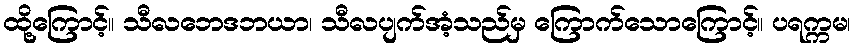
ထို့ကြောင့်။ သီလဘေဒဘယာ၊ သီလပျက်အံ့သည်မှ ကြောက်သောကြောင့်။ ပရက္ကမ၊